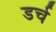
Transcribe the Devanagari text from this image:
डर्च